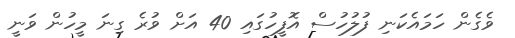
ވެގެން ހަމައެކަނި ފުލުހުސް އޮފީހުގައި 40 އަށް ވުރެ ގިނަ މީހުން ވަނީ